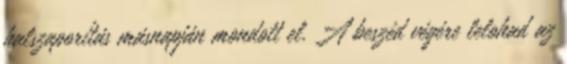
halszaporítás másnapján mondott el. A beszéd végére lelohad az